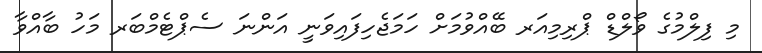
މި ފިލްމުގެ ވޯލްޑް ޕްރިމިއަރ ބޭއްވުމަށް ހަމަޖެހިފައިވަނީ އަންނަ ސެޕްޓެމްބަރ މަހު ބާއްވާ